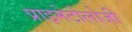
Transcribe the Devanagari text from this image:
प्राइमेटोलोजी